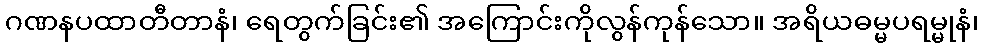
ဂဏနပထာတီတာနံ၊ ရေတွက်ခြင်း၏ အကြောင်းကိုလွန်ကုန်သော။ အရိယဓမ္မပရမ္မုနံ၊